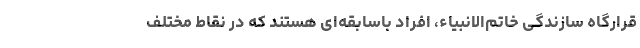
قرارگاه سازندگی خاتم‌الانبیاء، افراد باسابقه‌ای هستند که در نقاط مختلف